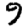
Digit: 9